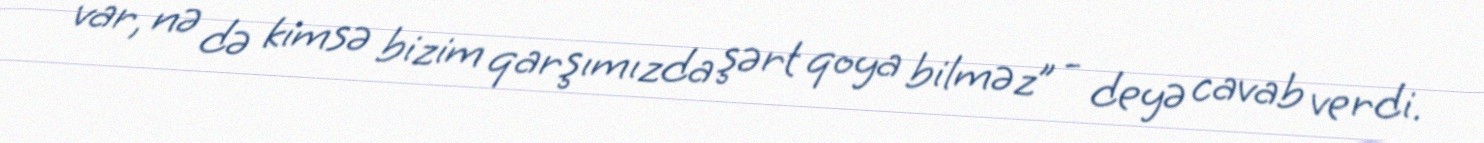
var, nə də kimsə bizim qarşımızda şərt qoya bilməz” - deyə cavab verdi.